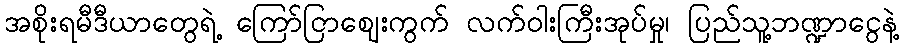
အစိုးရမီဒီယာတွေရဲ့ ကြော်ငြာဈေးကွက် လက်ဝါးကြီးအုပ်မှု၊ ပြည်သူ့ဘဏ္ဍာငွေနဲ့